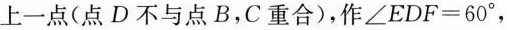
上一点(点D不与点B，C重合)，作$$\angle EDF=60^{\circ} $$，